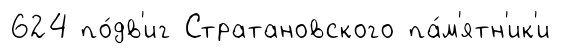
624 по́дв'иг Стратановского па́м'ятн'ик'и